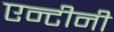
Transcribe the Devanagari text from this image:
एन्टीनी